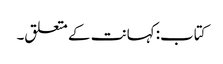
کتاب: کہانت کے متعلق۔